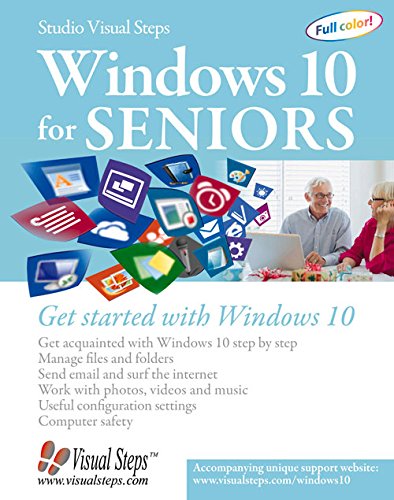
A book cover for Windows 10 for Seniors: Get Started with Windows 10 (Computer Books for Seniors series); Studio Visual Steps; Computers & Technology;